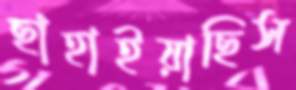
ছাহাইয়াছিস